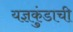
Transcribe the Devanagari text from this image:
यज्ञकुंडाची